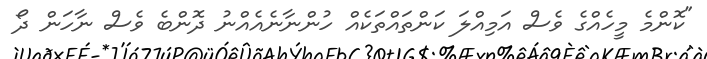
"ކޮންމެ މީހެއްގެ ވެސް އަމިއްލަ ކަންތައްތަކެއް ހުންނާނެއެއްނު ދޮންބެ ވެސް ނާހަން ދޯ